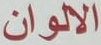
الالوان